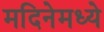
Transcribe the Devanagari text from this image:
मदिनेमध्ये